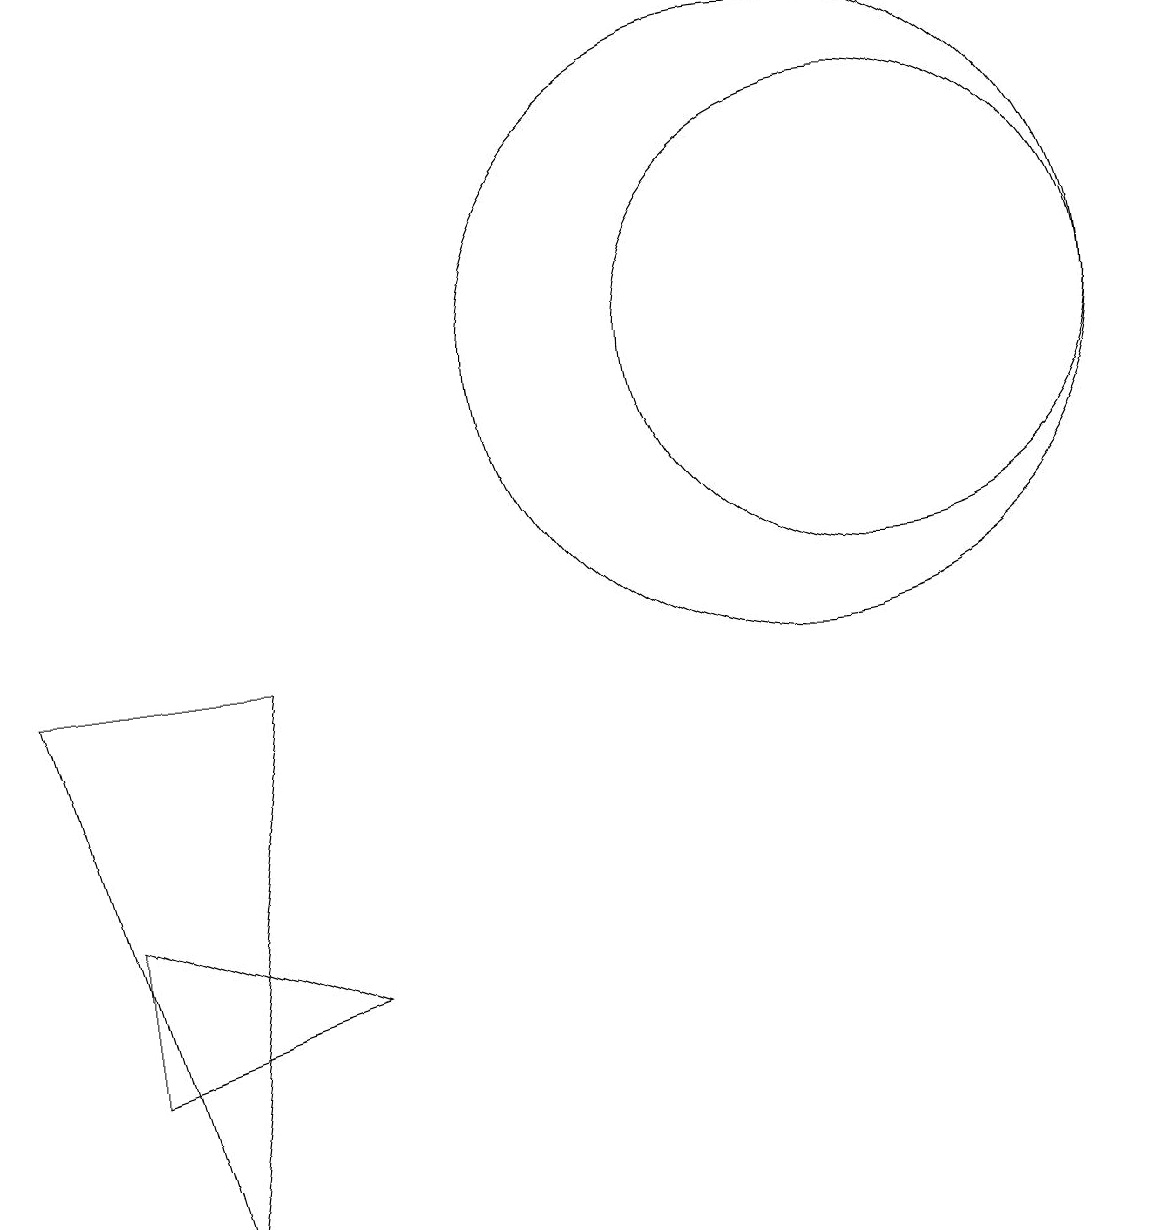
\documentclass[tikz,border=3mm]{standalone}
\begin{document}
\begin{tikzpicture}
\draw (4,3) -- (1,2) -- (1,4) -- cycle;
\draw (11,11) circle (3);
\draw (10,11) circle (4);
\draw (3,7) -- (2,0) -- (0,7) -- cycle;
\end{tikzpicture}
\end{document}